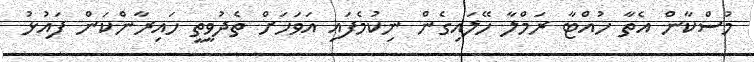
މުސްކާން އެތާ ހުއްޓާ ރަމްލާ ހޭލައިގެން ނިކުމެފައި އަވަހަށް ތެދުވީތީ ހައިރާންކަން ފައުޅު